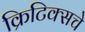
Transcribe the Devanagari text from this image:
क्रिटिक्सचे